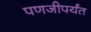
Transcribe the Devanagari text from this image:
पणजीपर्यंत